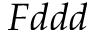
F d d d